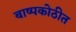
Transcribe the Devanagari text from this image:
बाष्पकोठीत